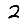
Digit: 2